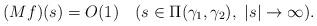
LaTeX: \begin{align*}(Mf)(s)=O(1)\ \ \ (s\in\Pi(\gamma_1,\gamma_2),\ |s|\rightarrow\infty).\end{align*}